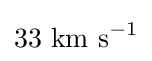
33\ \mathrm {km\ s} ^{-1}